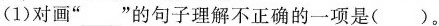
(1)对画”___”的句子理解不正确的一项是( )。